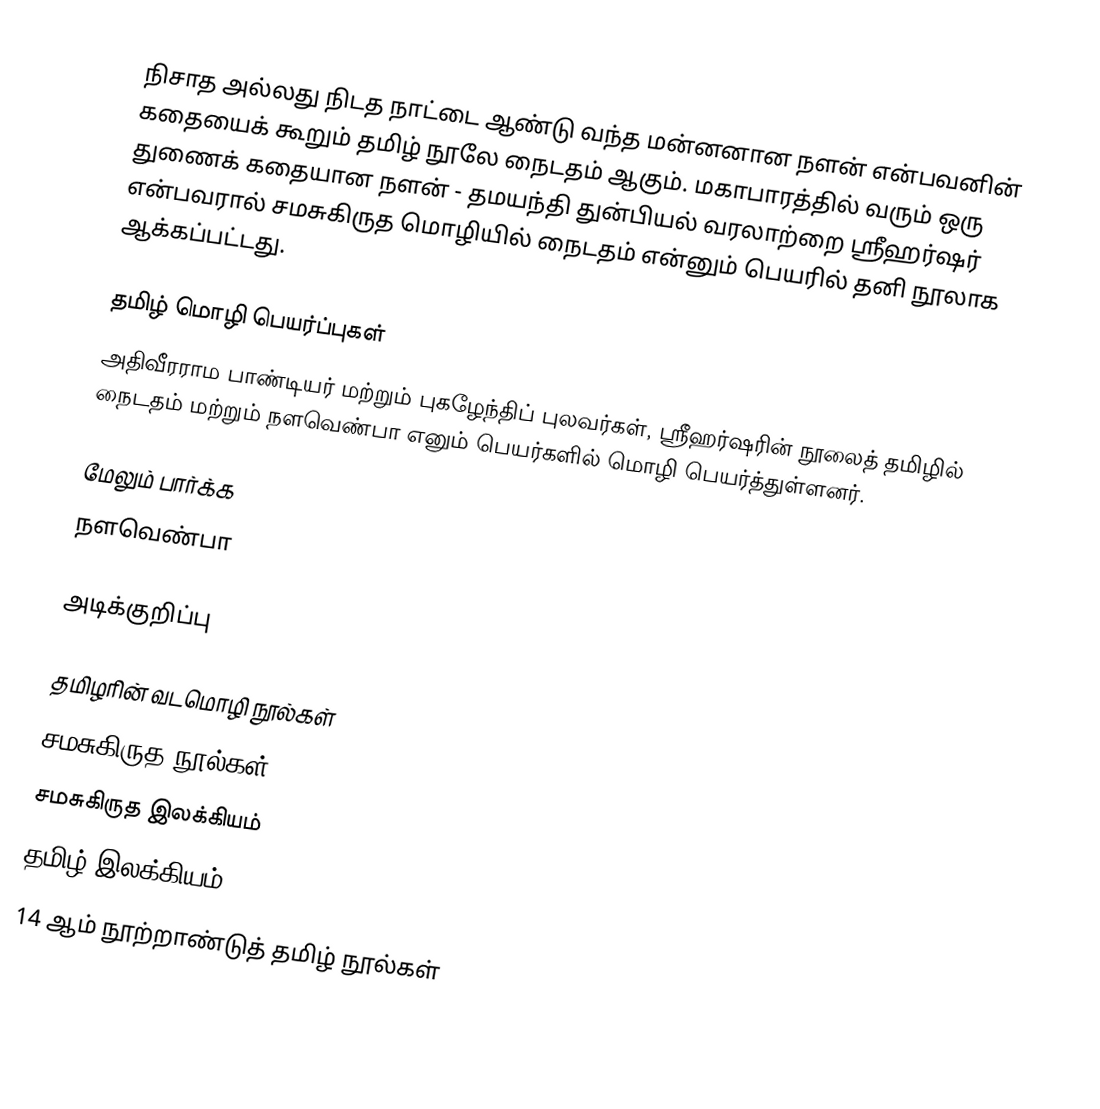
நிசாத அல்லது நிடத நாட்டை ஆண்டு வந்த மன்னனான நளன் என்பவனின் கதையைக் கூறும் தமிழ் நூலே நைடதம் ஆகும். மகாபாரத்தில் வரும் ஒரு துணைக் கதையான நளன் - தமயந்தி துன்பியல் வரலாற்றை ஸ்ரீஹர்ஷர் என்பவரால் சமசுகிருத மொழியில்  நைடதம்  என்னும் பெயரில் தனி நூலாக ஆக்கப்பட்டது.

தமிழ் மொழி பெயர்ப்புகள்
அதிவீரராம பாண்டியர் மற்றும் புகழேந்திப் புலவர்கள், ஸ்ரீஹர்ஷரின் நூலைத்  தமிழில் நைடதம் மற்றும் நளவெண்பா எனும் பெயர்களில் மொழி பெயர்த்துள்ளனர்.

மேலும் பார்க்க
 நளவெண்பா

அடிக்குறிப்பு

தமிழரின் வடமொழி நூல்கள்
சமசுகிருத நூல்கள்
சமசுகிருத இலக்கியம்
தமிழ் இலக்கியம்
14 ஆம் நூற்றாண்டுத் தமிழ் நூல்கள்